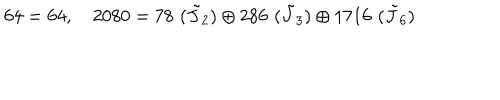
6 4 = 6 4 , \quad 2 0 8 0 = 7 8 \, \, ( \tilde { J } _ { 2 } ) \oplus 2 8 6 \, \, ( \tilde { J } _ { 3 } ) \oplus 1 7 1 6 \, \, ( \tilde { J } _ { 6 } )